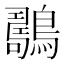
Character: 𪆇